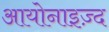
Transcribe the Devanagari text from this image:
आयोनाइज़्द